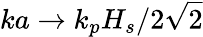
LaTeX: ka\rightarrow k_{p}H_{s}/2\sqrt{2}